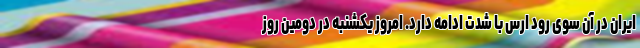
ایران در آن سوی رود ارس با شدت ادامه دارد. امروز یکشنبه در دومین روز